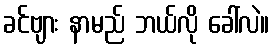
ခင်ဗျား နာမည် ဘယ်လို ခေါ်လဲ။